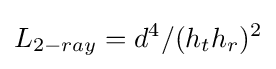
L_{2-ray}=d^{4}/(h_{t}h_{r})^{2}